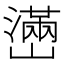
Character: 𤁃